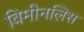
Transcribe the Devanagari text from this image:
विमीनलिस